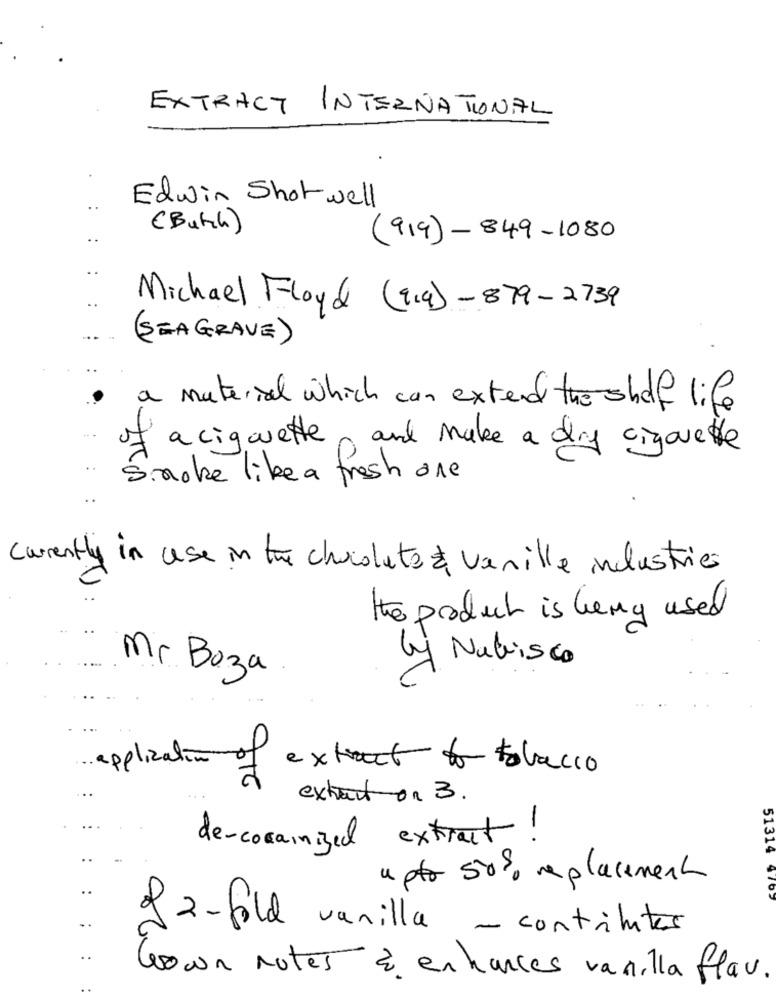
EXTRACT INTERNATIONAL
Edwin Shot well
(Butch)
(919)-849-1080
Michael Floyd (914)-879-2739
(SEAGRAVE)
a material which can extend the shelf life
of a cigarette and make a dry cigarete
..
Smoke like a fresh one
currently in use in the chocolate vanille industries
the product is being used
3
Nabisco
Mr. Boza
application of
extracto tobacco
.. .
extract on 3.
de-corainized extract !
51314
apto 50% replacement
of 2-fold vanilla - contributes
voun notes à enhances vanilla flav.
..